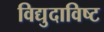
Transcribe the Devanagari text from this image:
विद्युदाविष्ट